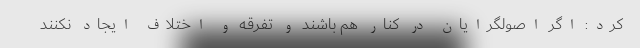
کرد: اگر اصولگرایان در کنار هم باشند و تفرقه و اختلاف ایجاد نکنند